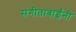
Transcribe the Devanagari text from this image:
संगीताबाईंनी